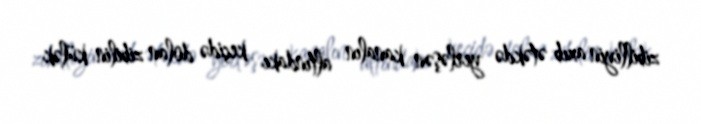
zibilliyin axıb ətəkdə yerləşən kanalın altındakı keçidə dolan zibilin külək